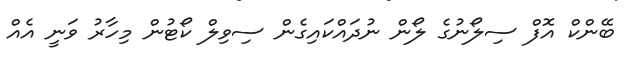
ބޭންކް އޮފް ސިލޯނުގެ ލޯން ނުދައްކައިގެން ސިވިލް ކޯޓުން މިހާރު ވަނީ އެއް